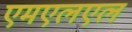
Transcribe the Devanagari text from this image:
एमएलएल